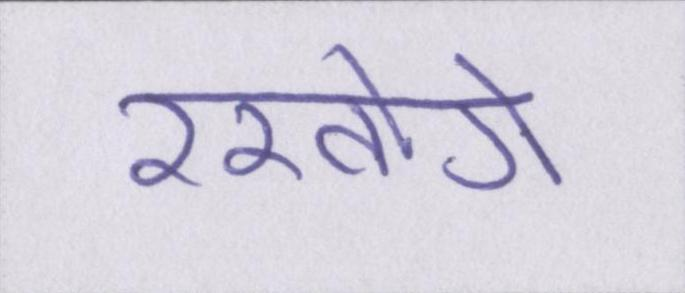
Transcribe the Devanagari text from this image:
रखोगे